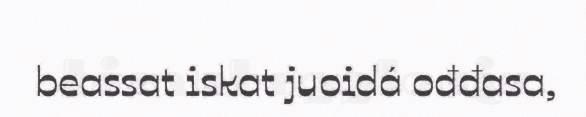
beassat iskat juoidá ođđasa,